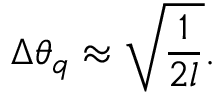
\Delta \theta _ { q } \approx \sqrt { \frac { 1 } { 2 l } } .